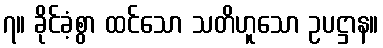
၇။ ခိုင်ခံ့စွာ ထင်သော သတိဟူသော ဥပဋ္ဌာန။